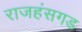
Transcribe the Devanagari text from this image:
राजहंसगड